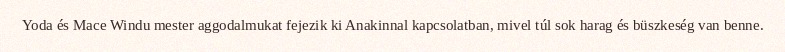
Yoda és Mace Windu mester aggodalmukat fejezik ki Anakinnal kapcsolatban, mivel túl sok harag és büszkeség van benne.